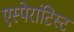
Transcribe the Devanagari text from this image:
एस्पेरांटिस्ट